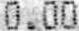
0.00